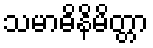
သမာဓိနိမိတ္တာ